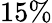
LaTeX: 15\%